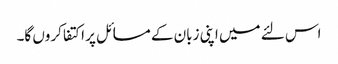
اس لئے میں اپنی زبان کے مسائل پر اکتفا کروں گا۔